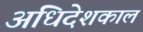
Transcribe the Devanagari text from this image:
अधिदेशकाल